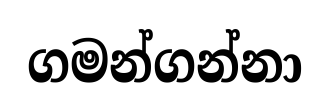
ගමන්ගන්නා